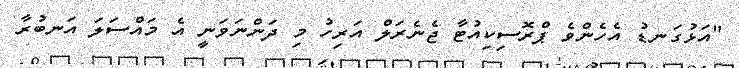
"އަޅުގަނޑު އެހެންވެ ޕްރޮސިކިއުޓާ ޖެނެރަލް އަރިހު މި ދަންނަވަނީ އެ މައްސަލަ އަނބުރާ